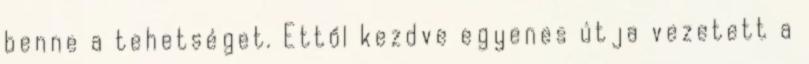
benne a tehetséget. Ettől kezdve egyenes útja vezetett a